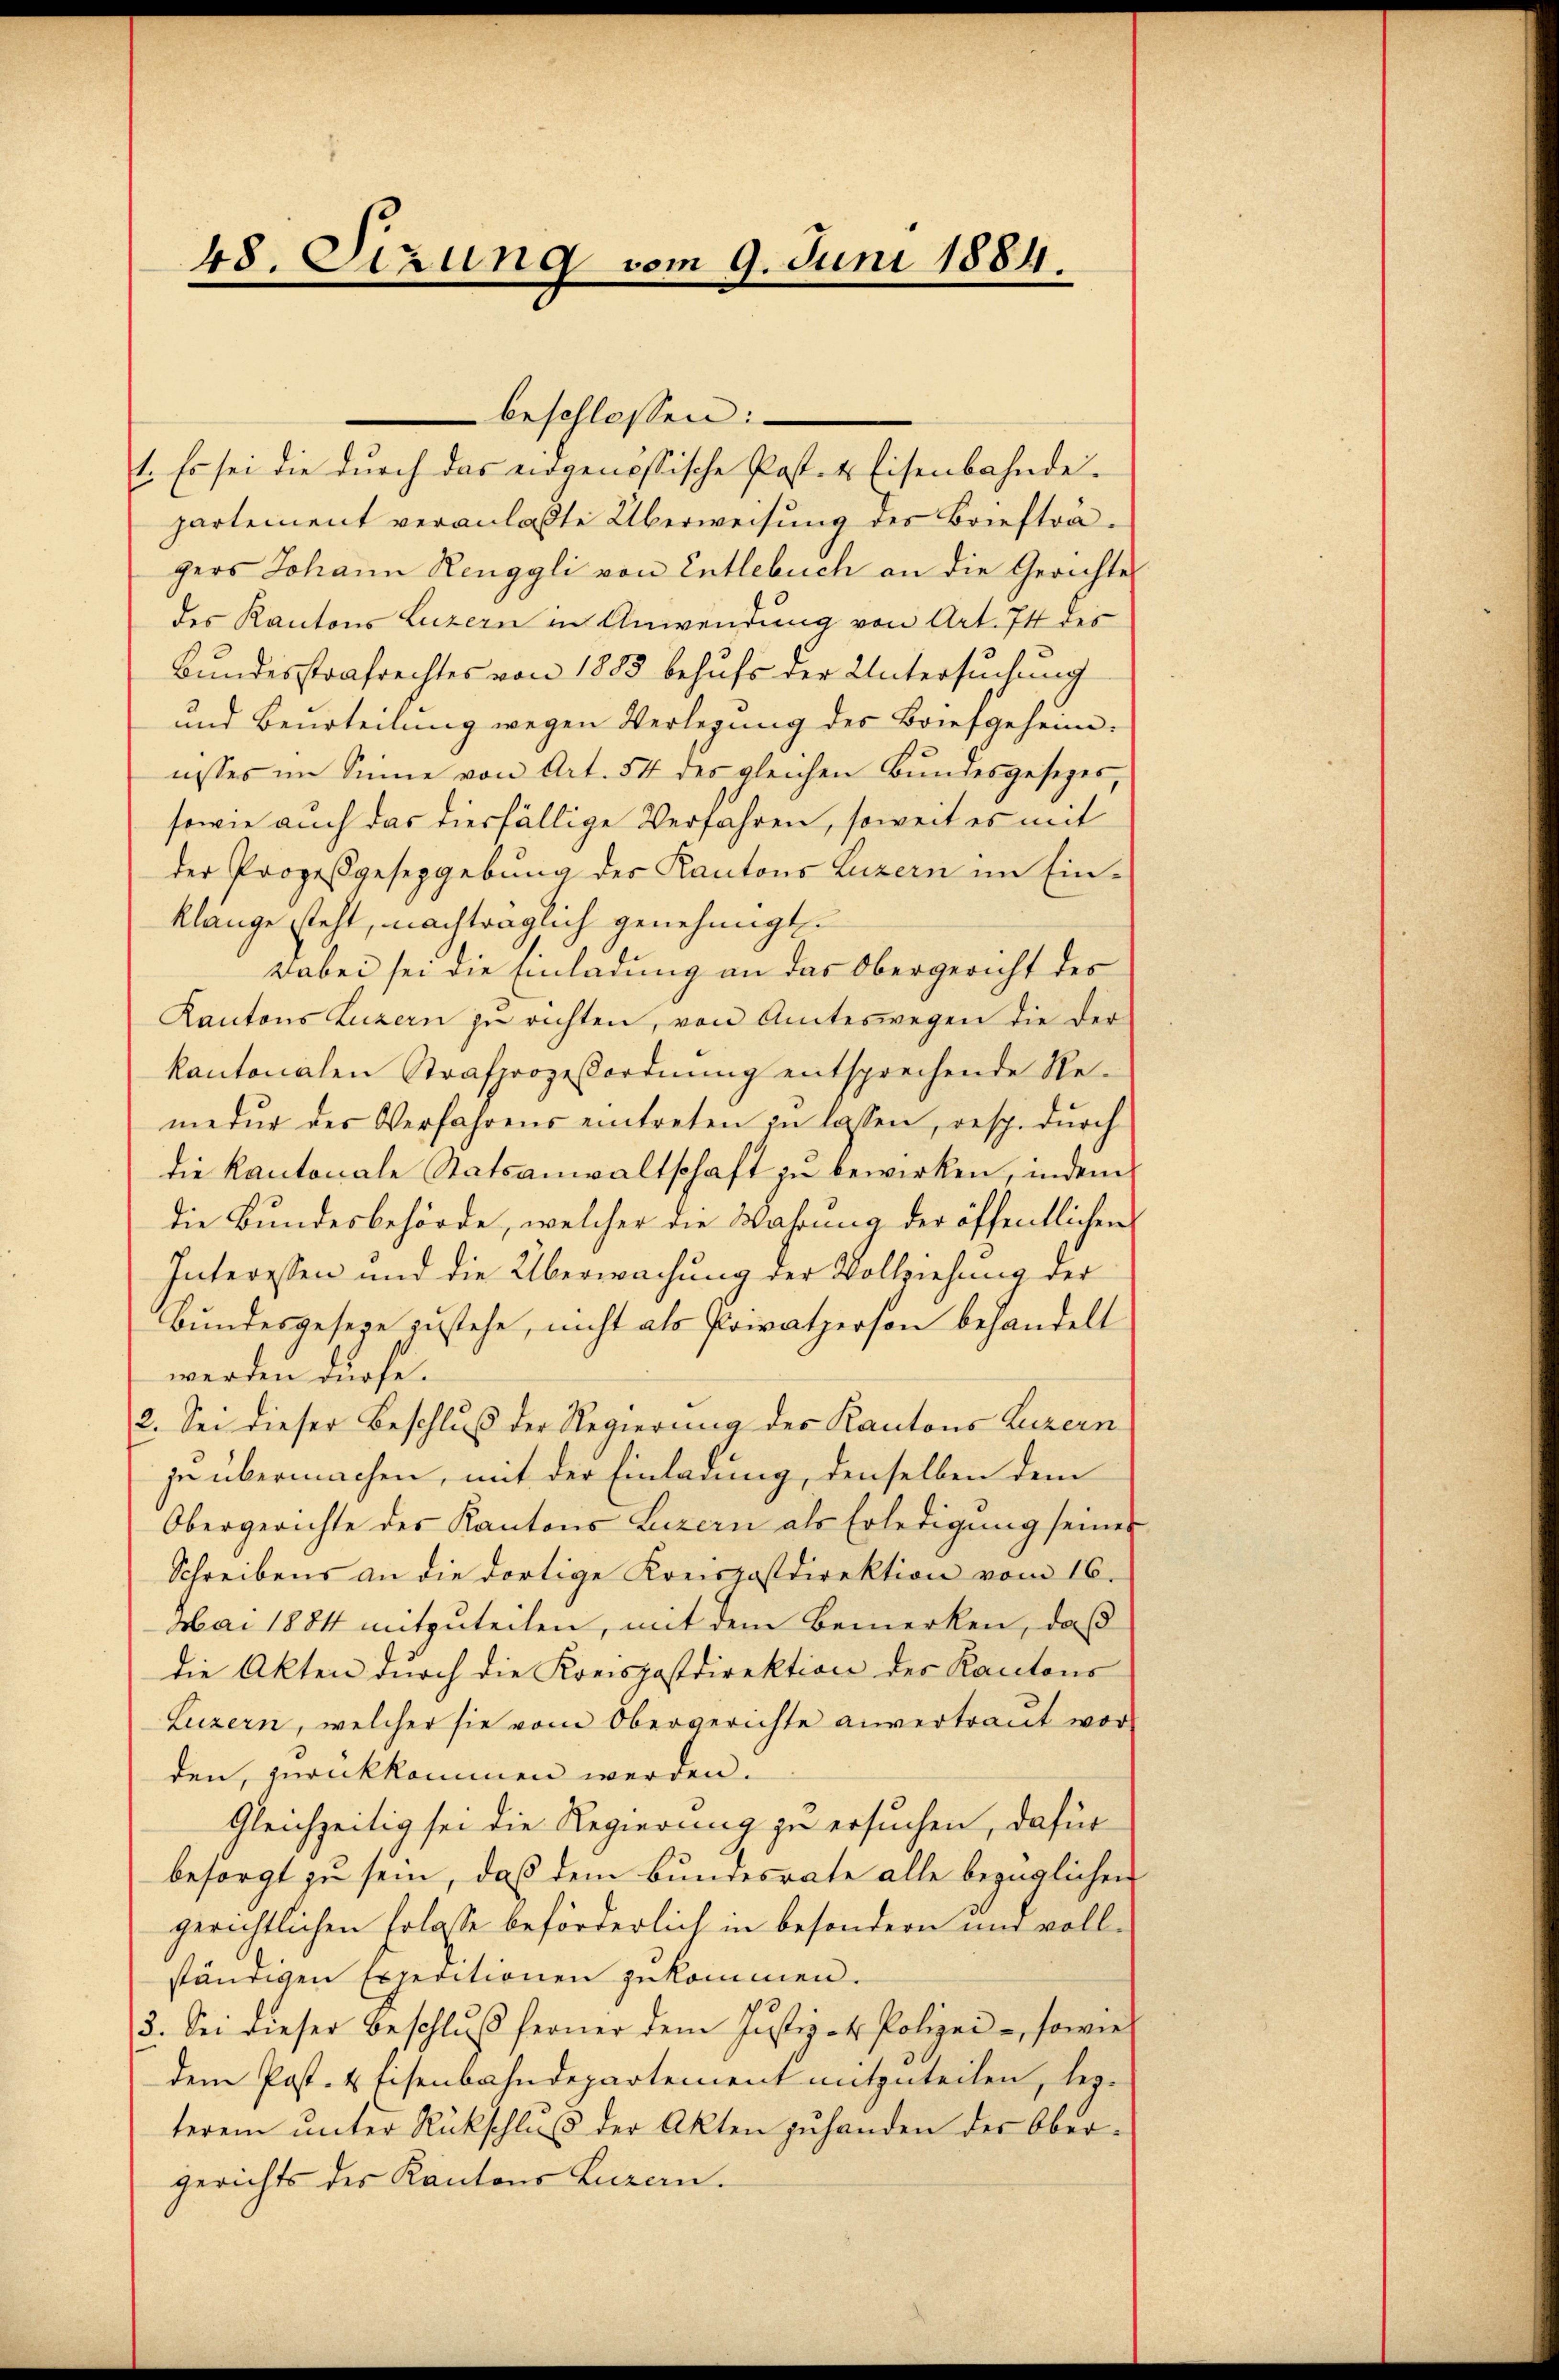
48. Sitzung vom 9. Juni 1884.

beschlossen:
1. Es sei die durch das eidgenössische Post- & Eisenbahndepartement veranlaßte Überweisung des Briefträgers Johann Renggli von Entlebuch an die Gerichte
des Kantons Luzern in Anwendung von Art. 74 des
Bundesstrafrechtes von 1883 behufs der Untersuchung
und Beurteilung wegen Verlegung des Briefgeheim.
nisses im Sinne von Art. 54 des gleichen Bundesgesezes
sowie auch das diesfällige Verfahren, soweit es mit
der Prozessgesepgebung der Kantons Luzern im Einklange steht, nachträglich genehmigt.
Dabei sei die Einladung an das Obergericht des
Kantons Luzern zu richten, von Amteswegen die der
kantonalen Strafprozeßordnung entsprechende Re-
medur der Verfahrens eintreten zu lassen, resp. durch
die Kantonale Statsanwaltschaft zu bewirken, indem
die Bundesbehörde, welcher die Wahrung der öffentlichen
Interessen und die Überwachung der Vollziehung der
Bundesgeseze zustehe, nicht als Powatperson behandelt
werden dürfe.
2. Sei dieser Beschluß der Regierung des Kantons Luzern
zu übermachen, mit der Einladung, denselben dem
Obergerichte des Kantons Luzern als Erledigung seines
Schreibens an die dortige Kreispostdirektion vom 16.
Mai 1884 mitzuteilen, mit dem Bemerken, daß
die Akten durch die Konspastdirektion des Kantons
Luzern, welcher sie vom Obergerichte anvertraut wor-
den, zurückkommen werden.
Gleichzeitig sei die Regierung zu ersuchen, dafür
besorgt zu sein, daß dem Bundesrate alle bezüglichen
gerichtlichen Erlasse beförderlich in besondern und vollständigen Expeditionen zukommen.
3. Sei dieser Beschlŭβ ferner dem Justiz- & Polizei- sowie
dem Post- & Eisenbahndepartement mitzuteilen, beyterem unter Rückschlŭβ der Akten zuhanden der Ober-
gerichts des Kantons Luzern.